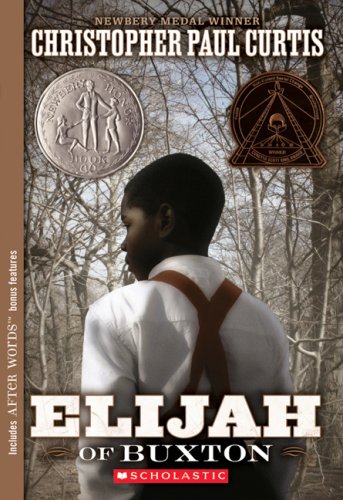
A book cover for Elijah of Buxton; Christopher Paul Curtis; Children's Books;